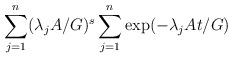
LaTeX: \begin{align*}\sum_{j=1}^n (\lambda_j A/G)^s \sum_{j=1}^n \exp(-\lambda_j At/G)\end{align*}